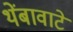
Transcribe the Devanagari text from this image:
थेंबावाटे